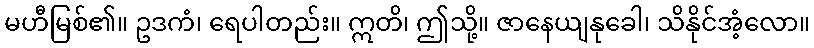
မဟီမြစ်၏။ ဥဒကံ၊ ရေပါတည်း။ ဣတိ၊ ဤသို့။ ဇာနေယျနုခေါ၊ သိနိုင်အံ့လော။